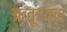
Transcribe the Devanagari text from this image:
ऋतूचक्र